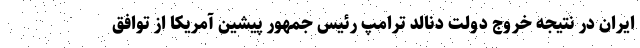
ایران در نتیجه خروج دولت دنالد ترامپ رئیس جمهور پیشین آمریکا از توافق